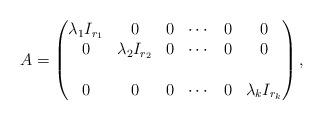
LaTeX: \begin{align*} A=\begin{pmatrix} \lambda_1 I_{r_1} & 0 & 0 & \cdots & 0 & 0 \\ 0 & \lambda_2 I_{r_2} & 0 & \cdots & 0 &0 \\\\ 0& 0 & 0 & \cdots & 0 & \lambda_k I_{r_k}\end{pmatrix},\end{align*}